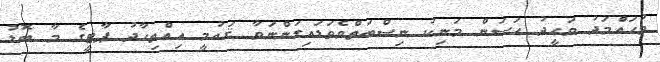
މުހައްމަދު ވަހީދު ހަސަން މަނިކު ނިސްބަތްވެވަޑައިގަންނަވާ ޤައުމީ އިއްތިހާދު ޕާޓީގެ މާ ބޮޑު